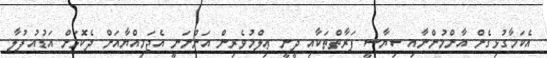
އެކަމާގުޅިގެން އާންމުންނާއި ސިޔާސީ ފަރާތްތަކާއި ދީނީ ޢިލްމުވެރިން އަންނަނީ އެޖަމިއްޔާއަށް ދެކޮޅަށް އަޑުއުފުލާ